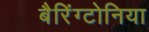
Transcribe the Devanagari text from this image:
बैरिंग्टोनिया